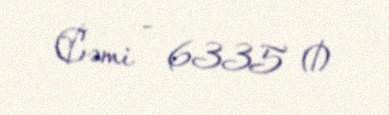
Cəmi - 6335 ₼